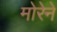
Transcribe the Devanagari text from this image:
मोरेने